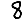
Digit: 8